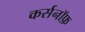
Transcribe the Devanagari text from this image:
कर्सनॉफ़